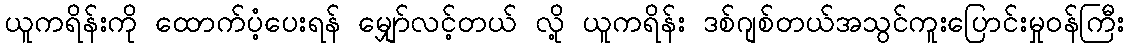
ယူကရိန်းကို ထောက်ပံ့ပေးရန် မျှော်လင့်တယ် လို့ ယူကရိန်း ဒစ်ဂျစ်တယ်အသွင်ကူးပြောင်းမှုဝန်ကြီး